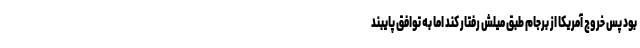
بود پس خروج آمریکا از برجام طبق میلش رفتار کند اما به توافق پایبند